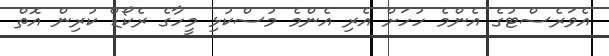
އެވަރެސްޓުގެ އެންމެ ހުހަށް އެރި އެންމެ މުސްކުޅި މީހާގެ ރެކޯޑް ކުރިން އޮތް